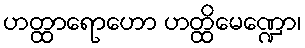
ဟတ္ထာရောဟော ဟတ္ထိမေဏ္ဍော၊